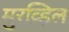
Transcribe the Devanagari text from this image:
मुरव्हिल